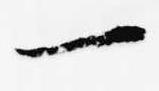
一